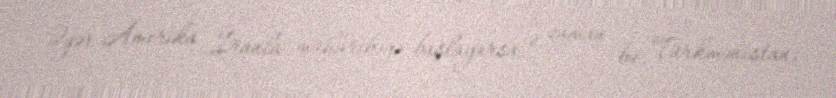
Əgər Amerika İranla müharibəyə başlayarsa, o zaman bu, Türkmənistan,